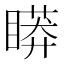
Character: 䁳